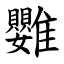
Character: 䨉